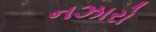
નઝારો